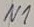
Text: N1